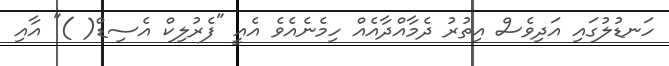
ހަނޑުލުގައި އަދިވެސް އިތުރު ދެމާއްދާއެއް ހިމެނެއެވެ އެއީ "ފެރުލިކް އެސިޑް( )" އާއި